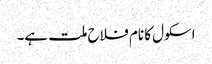
اسکول کا نام فلاح ملت ہے۔